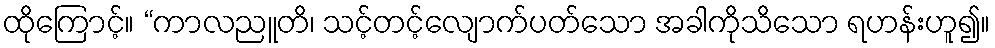
ထိုကြောင့်။ “ကာလညူတိ၊ သင့်တင့်လျောက်ပတ်သော အခါကိုသိသော ရဟန်းဟူ၍။